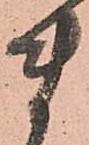
ま